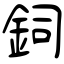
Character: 鉰